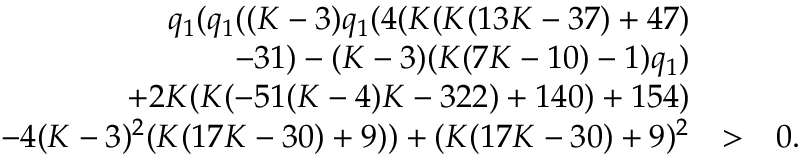
\begin{array} { r l r } { q _ { 1 } ( q _ { 1 } ( ( K - 3 ) q _ { 1 } ( 4 ( K ( K ( 1 3 K - 3 7 ) + 4 7 ) } & { } & \\ { - 3 1 ) - ( K - 3 ) ( K ( 7 K - 1 0 ) - 1 ) q _ { 1 } ) } & { } & \\ { + 2 K ( K ( - 5 1 ( K - 4 ) K - 3 2 2 ) + 1 4 0 ) + 1 5 4 ) } & { } & \\ { - 4 ( K - 3 ) ^ { 2 } ( K ( 1 7 K - 3 0 ) + 9 ) ) + ( K ( 1 7 K - 3 0 ) + 9 ) ^ { 2 } } & { > } & { 0 . } \end{array}